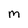
Character: m